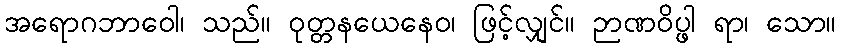
အရောဂဘာဝေါ၊ သည်။ ဝုတ္တနယေနေဝ၊ ဖြင့်လျှင်။ ဉာဏဝိပ္ဖါ ရာ၊ သော။